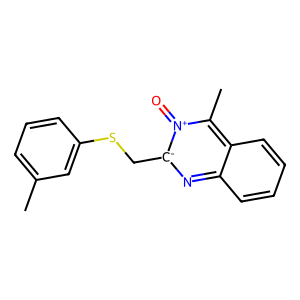
SMILES: Cc1cccc(SC[c-]2nc3ccccc3c(C)[n+]2=O)c1
Inhibits HIV replication: Yes